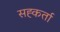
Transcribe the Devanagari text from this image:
सह्कर्ता